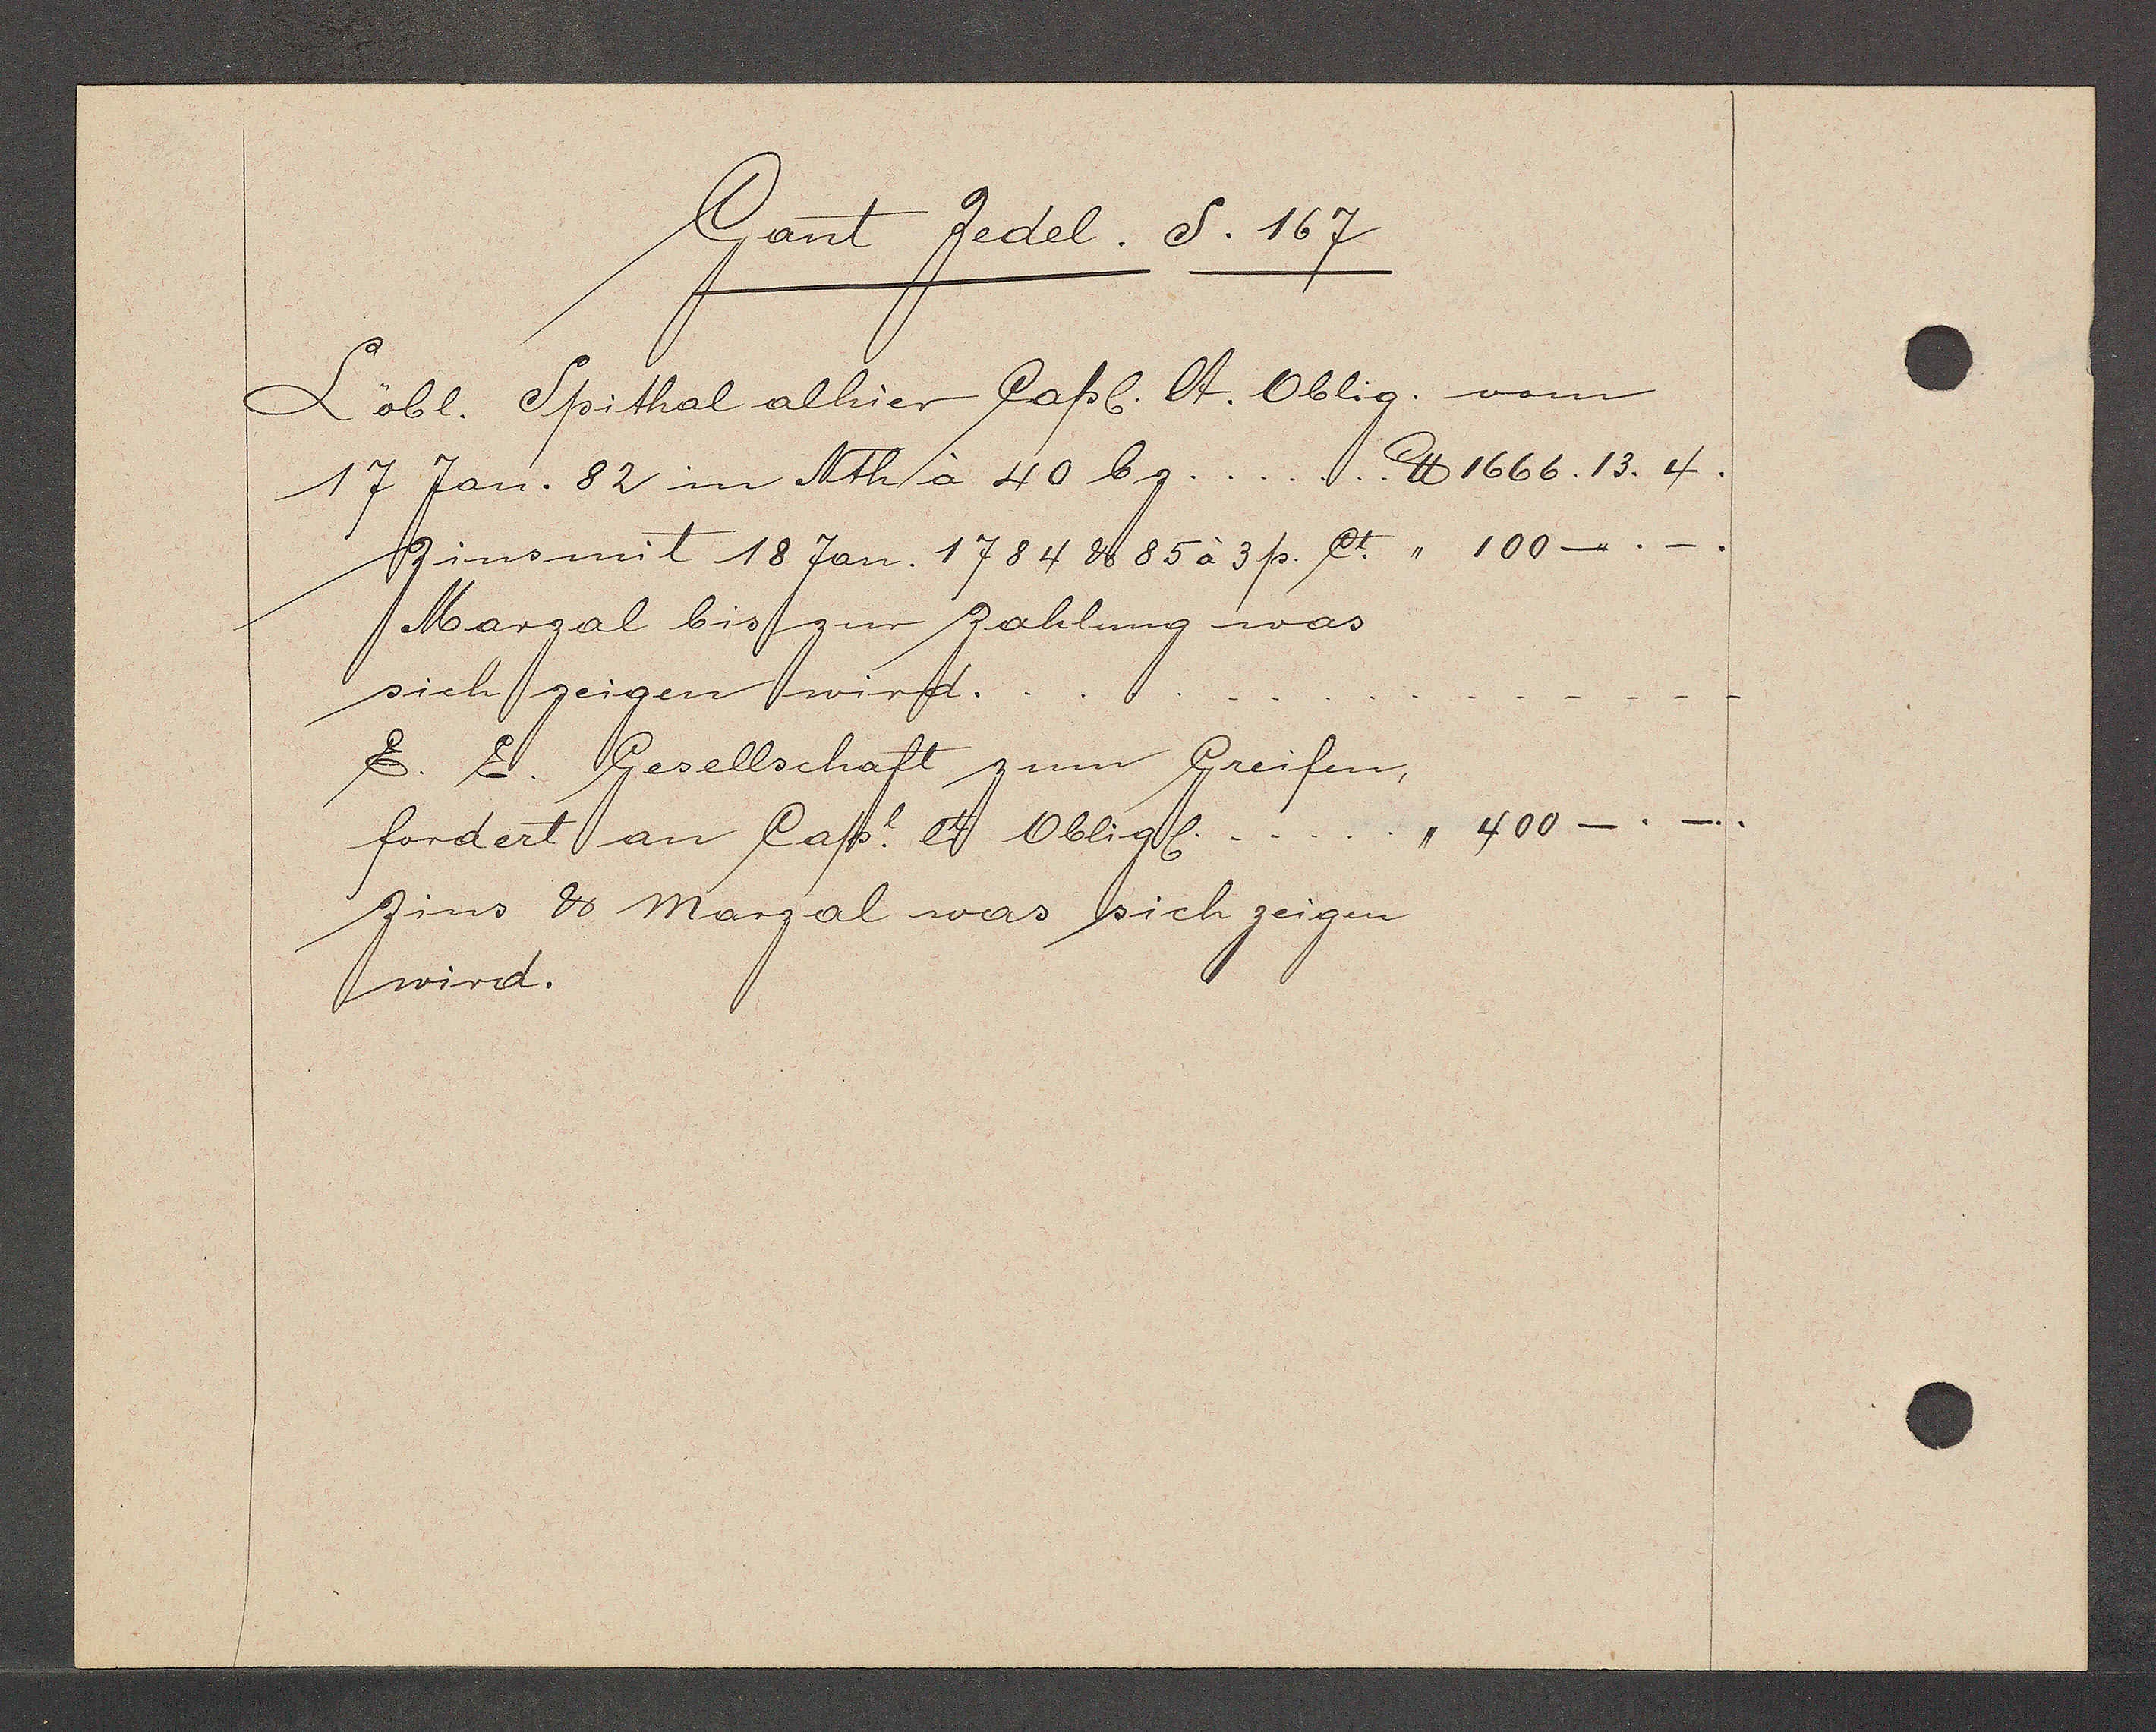
Transcript:
Gant Zedel. S. 167

Löbl. Spithal alhier Capl. lt. Oblig. vom
17 Jan. 82 in Nth à 40 bz.......℔ 1666.13. 4.
Zins mit 18 Jan. 1784 ư 85 à 3 p. ct. " 100–.–
Margal bis zur Zahlung was
sich zeigen wird.
E. E. Gesellschaft zum Greifen,
"400
fordert an Capl. et Obligl.
Zins ℔ Marzal was sich zeigen
wird.